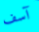
آسف